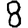
Digit: 8